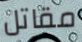
مقاتل